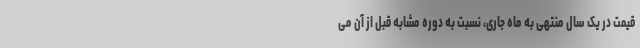
قیمت در یک سال منتهی به ماه جاری، نسبت به دوره مشابه قبل از آن می